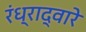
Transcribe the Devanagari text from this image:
रंध्राद्वारे